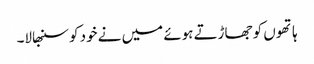
ہاتھوں کو جھاڑتے ہوئے میں نے خود کو سنبھالا۔